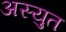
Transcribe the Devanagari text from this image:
अस्युत